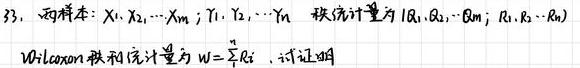
33. 两样本：$X_1,X_2,\cdots,X_m$；$Y_1,Y_2,\cdots,Y_n$，秩统计量为$(R_1,R_2,\cdots,R_m; R_{m + 1},R_{m+2},\cdots,R_{m + n})$，Wilcoxon秩和统计量为$W=\sum_{i = 1}^{m}R_i$，试证明